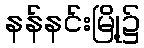
နန်နင်းမြို့၌